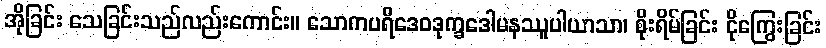
အိုခြင်း သေခြင်းသည်လည်းကောင်း။ သောကပရိဒေဝဒုက္ခဒေါမနဿူပါယာသာ၊ စိုးရိမ်ခြင်း ငိုကြွေးခြင်း